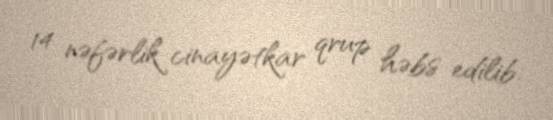
14 nəfərlik cinayətkar qrup həbs edilib.